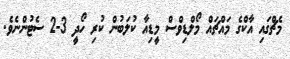
މެޗްގައި އާކްގެ މައްޗައް މޯލްޑިވްސް މީޑިއާ ކުލަބުން ކުރި ހޯދީ 3-2 ސެޓުންނެވެ.